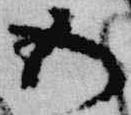
五